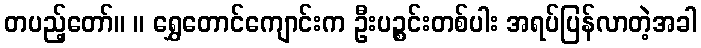
တပည့်တော်။ ။ ရွှေတောင်ကျောင်းက ဦးပဉ္စင်းတစ်ပါး အရပ်ပြန်လာတဲ့အခါ